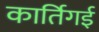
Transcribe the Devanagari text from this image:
कार्तिगई